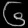
Digit: ၆